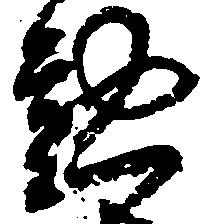
懃